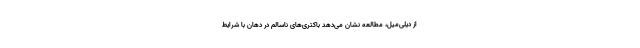
از دیلی‌میل، مطالعه نشان می‌دهد باکتری‌های ناسالم در دهان با شرایط